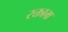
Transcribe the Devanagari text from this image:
रक्ताम्र